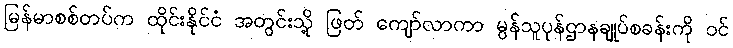
မြန်မာစစ်တပ်က ထိုင်းနိုင်ငံ အတွင်းသို့ ဖြတ် ကျော်လာကာ မွန်သူပုန်ဌာနချုပ်စခန်းကို ဝင်